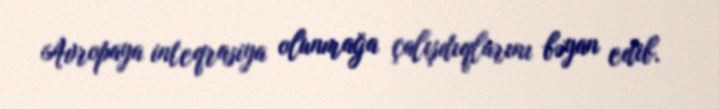
Avropaya inteqrasiya olunmağa çalışdıqlarını bəyan edib.